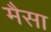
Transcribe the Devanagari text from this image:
मैसा